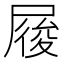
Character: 𡲲